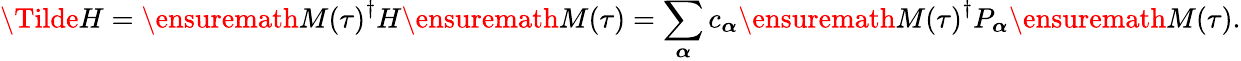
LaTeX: \Tilde{H}=\ensuremath{M(\tau)}^{\dagger}H\ensuremath{M(\tau)}=\sum_{\boldsymbol{\alpha}}c_{\boldsymbol{\alpha}}\ensuremath{M(\tau)}^{\dagger}P_{\boldsymbol{\alpha}}\ensuremath{M(\tau)}.